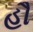
હૌ